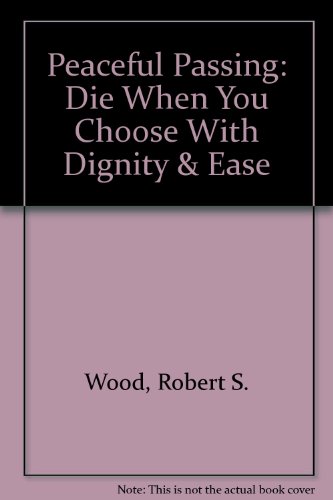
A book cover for Peaceful Passing:  Die When You Choose With Dignity & Ease; Robert S. Wood; Law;